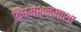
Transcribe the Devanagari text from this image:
विषमशनमाशा